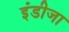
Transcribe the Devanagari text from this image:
इंडीजा